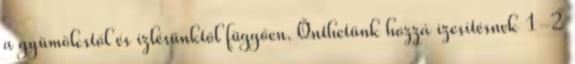
a gyümölcstől és ízlésünktől függően. Önthetünk hozzá ízesítésnek 1-2